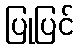
ပြုပြင်